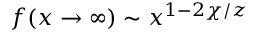
f ( x \to \infty ) \sim x ^ { 1 - 2 \chi / z }